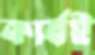
কার্যই